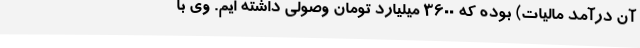
آن درآمد مالیات) بوده که 3600 میلیارد تومان وصولی داشته ایم. وی با